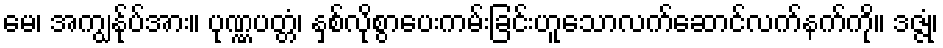
မေ၊ အကျွန်ုပ်အား။ ပုဏ္ဏပတ္တံ၊ နှစ်လိုစွာပေးကမ်းခြင်းဟူသောလက်ဆောင်လက်နက်ကို။ ဒဇ္ဇုံ၊